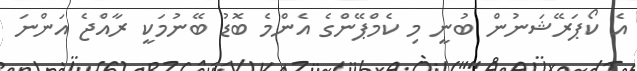
އެ ކޯޕަރޭޝަނުން ބުނީ މި ކެމްޕޭންގެ އެންމެ ބޮޑު ބޭނުމަކީ ރާއްޖެ އަންނަ